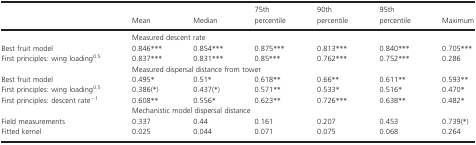
<table><thead><tr><td></td><td><b>Mean</b></td><td><b>Median</b></td><td><b>75th percentile</b></td><td><b>90th percentile</b></td><td><b>95th percentile</b></td><td><b>Maximum</b></td></tr></thead><tbody><tr><td></td><td colspan="5">Measured descent rate</td><td></td></tr><tr><td>Best fruit model</td><td>0.846***</td><td>0.854***</td><td>0.875***</td><td>0.813***</td><td>0.840***</td><td>0.705***</td></tr><tr><td>First principles: wing loading<sup>0.5</sup></td><td>0.837***</td><td>0.831***</td><td>0.85***</td><td>0.762***</td><td>0.752***</td><td>0.286</td></tr><tr><td></td><td colspan="5">Measured dispersal distance from tower</td><td></td></tr><tr><td>Best fruit model</td><td>0.495*</td><td>0.51*</td><td>0.618**</td><td>0.66**</td><td>0.611**</td><td>0.593**</td></tr><tr><td>First principles: wing loading<sup>0.5</sup></td><td>0.386(*)</td><td>0.437(*)</td><td>0.571**</td><td>0.533*</td><td>0.516*</td><td>0.470*</td></tr><tr><td>First principles: descent rate<sup>−1</sup></td><td>0.608**</td><td>0.556*</td><td>0.623**</td><td>0.726***</td><td>0.638**</td><td>0.482*</td></tr><tr><td></td><td colspan="5">Mechanistic model dispersal distance</td><td></td></tr><tr><td>Field measurements</td><td>0.337</td><td>0.44</td><td>0.161</td><td>0.207</td><td>0.453</td><td>0.739(*)</td></tr><tr><td>Fitted kernel</td><td>0.025</td><td>0.044</td><td>0.071</td><td>0.075</td><td>0.068</td><td>0.264</td></tr></tbody></table>